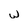
Character: w